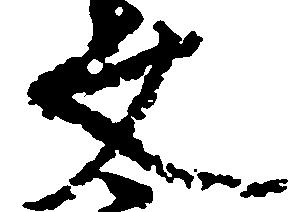
文